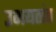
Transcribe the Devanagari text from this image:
उभयतांत